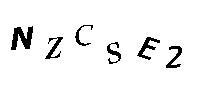
NZCSE2